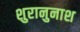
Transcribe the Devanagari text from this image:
शुरानुनाश